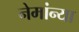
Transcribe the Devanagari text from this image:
नेमांन्या